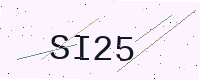
Text: SI25